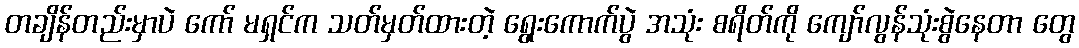
တချိန်တည်းမှာပဲ ကော် မရှင်က သတ်မှတ်ထားတဲ့ ရွေးကောက်ပွဲ အသုံး စရိတ်ကို ကျော်လွန်သုံးစွဲနေတာ တွေ